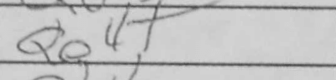
Transcription: Qe4+